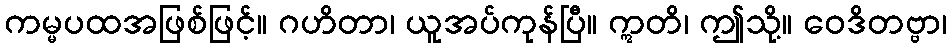
ကမ္မပထအဖြစ်ဖြင့်။ ဂဟိတာ၊ ယူအပ်ကုန်ပြီ။ ဣတိ၊ ဤသို့။ ဝေဒိတဗ္ဗာ၊